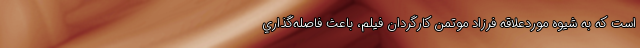
است كه به شيوه موردعلاقه فرزاد موتمن كارگردان فيلم،‌ باعث فاصله‌گذاري